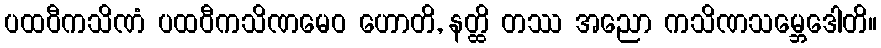
ပထဝီကသိဏံ ပထဝီကသိဏမေဝ ဟောတိ, နတ္ထိ တဿ အညော ကသိဏသမ္ဘေဒေါတိ။